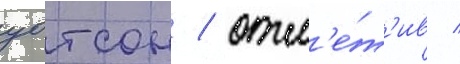
уотсон / отм'е́т'ив /